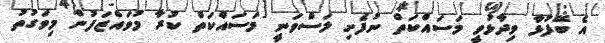
އެ ބޭފުޅާ ވިދާޅުވީ މަސައްކަތް ނުފެށި ލަސްވަނީ މަސައްކަތް ކުރާ މުވައްޒަފުން މިވަގުތު